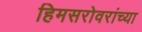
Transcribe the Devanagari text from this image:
हिमसरोवरांच्या